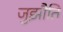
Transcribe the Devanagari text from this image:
जुझौति